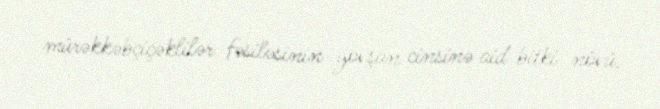
mürəkkəbçiçəklilər fəsiləsinin yovşan cinsinə aid bitki növü.